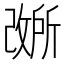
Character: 𫿐